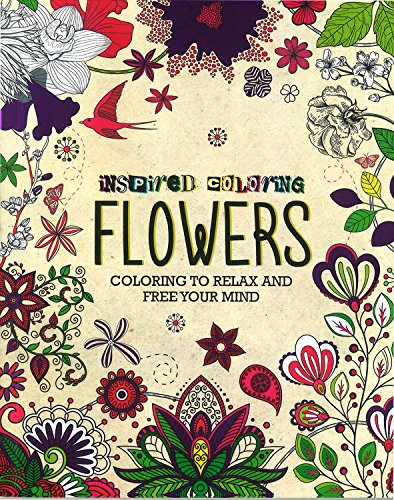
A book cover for Flowers Inspired Coloring; Parragon Books Ltd; Arts & Photography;